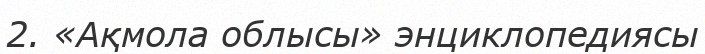
2. «Ақмола облысы» энциклопедиясы